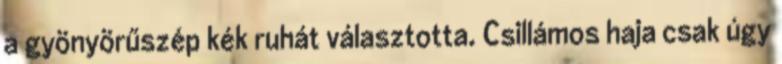
a gyönyörűszép kék ruhát választotta. Csillámos haja csak úgy